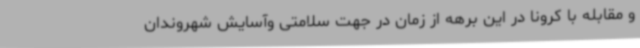
و مقابله با کرونا در این برهه از زمان در جهت سلامتی وآسایش شهروندان